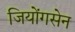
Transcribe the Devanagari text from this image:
जियोंगसेन